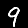
Label: 9